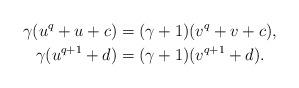
LaTeX: \begin{align*} \gamma (u^q + u + c) &= (\gamma+1) (v^q + v + c),\\ \gamma (u^{q+1} + d) &= (\gamma+1) (v^{q+1} + d).\end{align*}